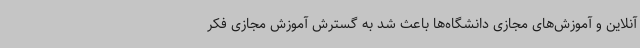
آنلاین و آموزش‌های مجازی دانشگاه‌ها باعث شد به گسترش آموزش مجازی فکر